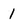
Character: 1